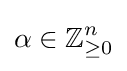
\alpha \in \mathbb {Z} _{\geq 0}^{n}